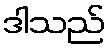
ဒါသည်